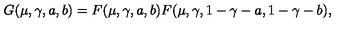
G ( \mu , \gamma , a , b ) = F ( \mu , \gamma , a , b ) F ( \mu , \gamma , 1 - \gamma - a , 1 - \gamma - b ) ,